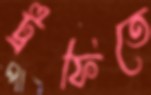
ট্রফিতে